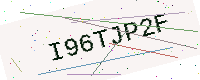
Text: I96TJP2F